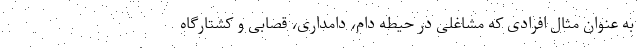
به عنوان مثال افرادی که مشاغلی در حیطه دام، دامداری، قصابی و کشتارگاه